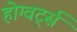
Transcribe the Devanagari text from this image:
होग्वर्ट्स